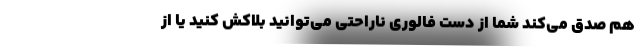
هم صدق می‌کند شما از دست فالوری ناراحتی می‌توانید بلاکش کنید یا از